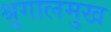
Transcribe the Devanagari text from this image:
श्रृगालमुख